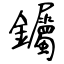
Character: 钃